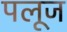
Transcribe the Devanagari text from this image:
पलूज